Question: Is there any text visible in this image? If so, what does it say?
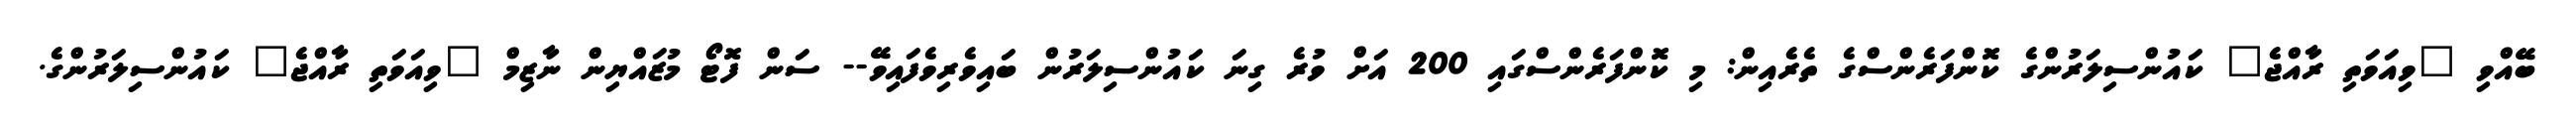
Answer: ބޭއްވި "ވިއަވަތި ރާއްޖެ" ކައުންސިލަރުންގެ ކޮންފަރެންސްގެ ތެރެއިން: މި ކޮންފަރެންސްގައި 200 އަށް ވުރެ ގިނަ ކައުންސިލަރުން ބައިވެރިވެފައިވޭ-- ސަން ފޮޓޯ މުޒައްޔިން ނާޒިމް "ވިއަވަތި ރާއްޖެ" ކައުންސިލަރުންގެ.